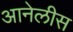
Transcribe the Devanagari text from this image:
आनेलीस